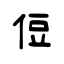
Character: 侸